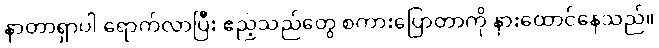
နာတာရှာပါ ရောက်လာပြီး ဧည့်သည်တွေ စကားပြောတာကို နားထောင်နေသည်။